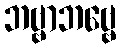
ဘဗ္ဗာဘဗ္ဗေ